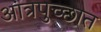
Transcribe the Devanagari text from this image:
आंत्रपुच्छात